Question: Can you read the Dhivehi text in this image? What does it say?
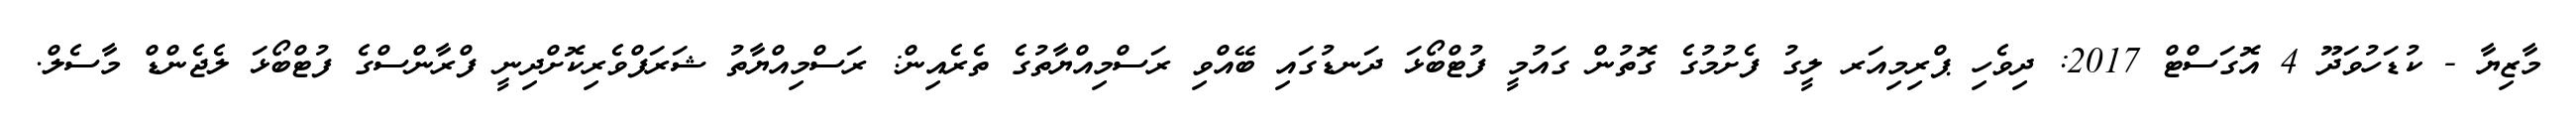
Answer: މާޒިޔާ - ކުޑަހުވަދޫ 4 އޮގަސްޓް 2017: ދިވެހި ޕްރިމިއަރ ލީގު ފެށުމުގެ ގޮތުން ގައުމީ ފުޓްބޯޅަ ދަނޑުގައި ބޭއްވި ރަސްމިއްޔާތުގެ ތެރެއިން: ރަސްމިއްޔާތު ޝަރަފްވެރިކޮށްދިނީ ފްރާންސްގެ ފުޓްބޯޅަ ލެޖެންޑް މާސެލް.